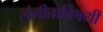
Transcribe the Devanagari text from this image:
संगीताविषयी